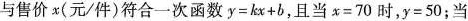
与售价x(元/件)符合一次函数$$y = k x + b$$，且当$$x = 7 0$$时，$$y = 5 0$$；当